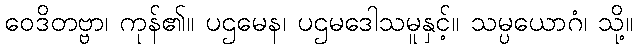
ဝေဒိတဗ္ဗာ၊ ကုန်၏။ ပဌမေန၊ ပဌမဒေါသမူနှင့်။ သမ္ပယောဂံ၊ သို့။